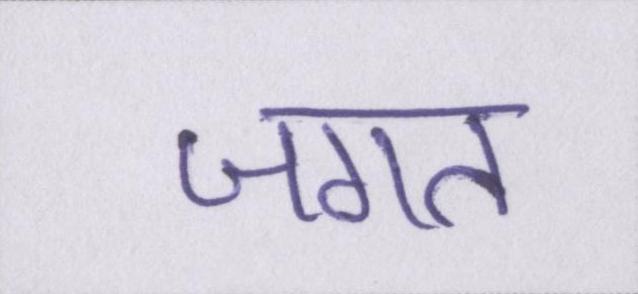
जगत